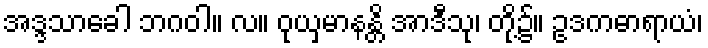
အဒ္ဒသာခေါ ဘဂဝါ။ လ။ ဝုယှမာနန္တိ အာဒီသု၊ တို့၌။ ဥဒကဓာရာယံ၊